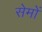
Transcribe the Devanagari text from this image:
सेमों